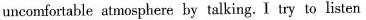
uncomfottable atmosphere by talking. I try to listen